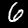
Digit: 6